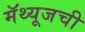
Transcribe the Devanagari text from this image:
मॅथ्यूजची